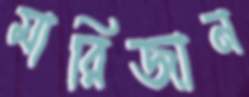
মারিজান